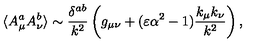
\langle A _ { \mu } ^ { a } A _ { \nu } ^ { b } \rangle \sim { \frac { \delta ^ { a b } } { k ^ { 2 } } } \left( g _ { \mu \nu } + ( \varepsilon \alpha ^ { 2 } - 1 ) { \frac { k _ { \mu } k _ { \nu } } { k ^ { 2 } } } \right) ,